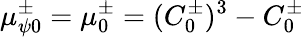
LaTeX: \mu_{\psi 0}^{\pm}=\mu_{0}^{\pm}=(C_{0}^{\pm})^{3}-C_{0}^{\pm}